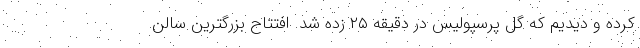
کرده و دیدیم که گل پرسپولیس در دقیقه ۲۵ زده شد. افتتاح بزرگترین سالن